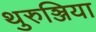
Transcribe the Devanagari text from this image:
थुरुञ्जिया